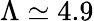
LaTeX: \Lambda\simeq 4.9